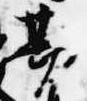
勘